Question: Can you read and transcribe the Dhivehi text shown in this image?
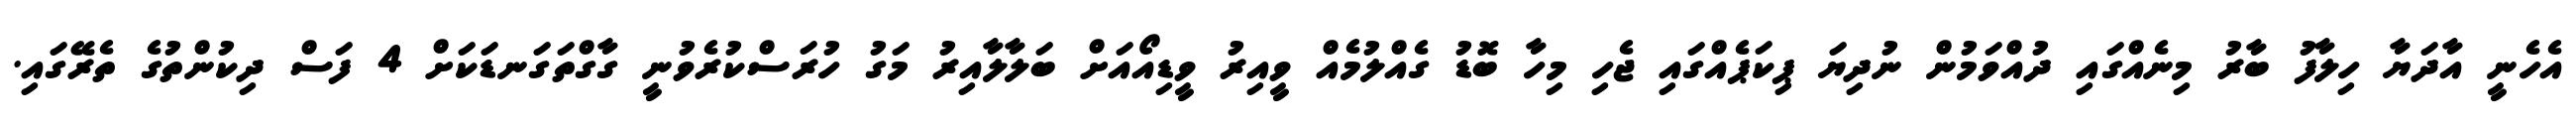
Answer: އެހެނީ އާދަޔާ ހިލާފު ބާރު މިނެއްގައި ދުއްވަމުން ނުދިޔަ ޕިކަޕެއްގައި ޖެހި މިހާ ބޮޑު ގެއްލުމެއް ވީއިރު ވީޑިއޯއަށް ބަލާލާއިރު މަގު ހުރަސްކުރެވުނީ ގާގްތަގަނޑަކަށް 4 ފަސް ދިކުންތުގެ ތެރޭގައި.